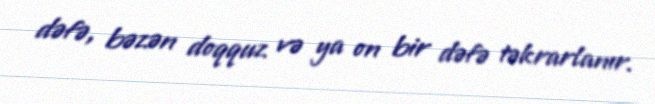
dəfə, bəzən doqquz və ya on bir dəfə təkrarlanır.